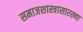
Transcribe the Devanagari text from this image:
समाजशास्त्रासारख्या